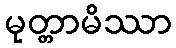
မုတ္တာမိဿာ